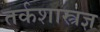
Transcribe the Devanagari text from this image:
तर्कशास्त्रज्ञ